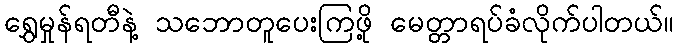
ရွှေမှုန်ရတီနဲ့ သဘောတူပေးကြဖို့ မေတ္တာရပ်ခံလိုက်ပါတယ်။